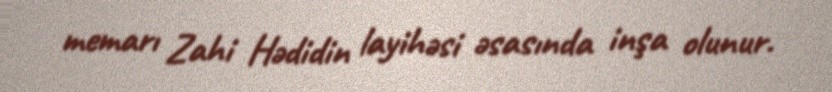
memarı Zahi Hədidin layihəsi əsasında inşa olunur.